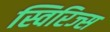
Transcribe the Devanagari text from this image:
स्विरिज्स